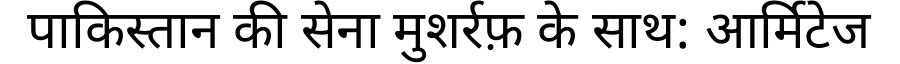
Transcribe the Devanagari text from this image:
पाकिस्तान की सेना मुशर्रफ़ के साथ: आर्मिटेज